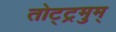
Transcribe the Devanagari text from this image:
तोट्ट्रमुम्